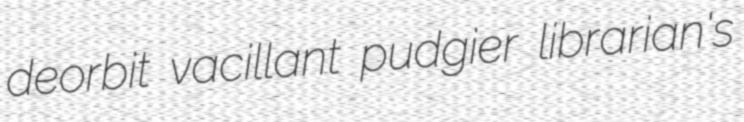
deorbit vacillant pudgier librarian's